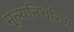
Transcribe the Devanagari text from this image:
मूल्‍यनिर्धारण